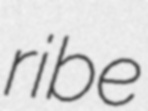
ribe